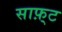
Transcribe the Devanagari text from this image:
साफ़्ट